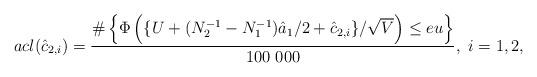
LaTeX: \begin{align*}acl(\hat{c}_{2,i}) = \frac{\# \left \{\Phi\left(\{U + (N_2^{-1}-N_1^{-1})\hat{a}_1/2 + \hat{c}_{2,i}\}/\sqrt{V} \right) \leq eu \right\} }{100~000},~ i=1,2,\end{align*}